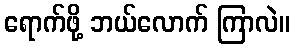
ရောက်ဖို့ ဘယ်လောက် ကြာလဲ။